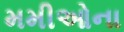
મમીઓના